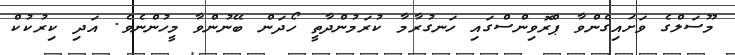
މޫސަލްގެ ވަށައިގެންވާ ޕްރޮވިންސްގައި ހަނގުރާމާ ކުރަމުންދާތީ ހޯދަން ބޭނުންވާ މީހުންނެވެ. އަދި ކިރުކުކް